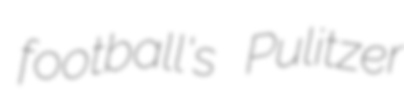
football's Pulitzer